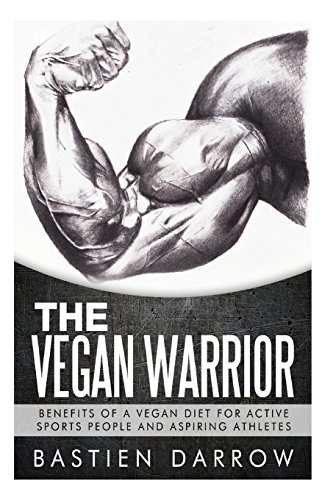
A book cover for The Vegan Warrior: Benefits Of A Vegan Diet For Active Sports People And Aspiring Athletes; Bastien Darrow; Health, Fitness & Dieting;